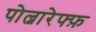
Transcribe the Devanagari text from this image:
पोल्नारेफ्फ़